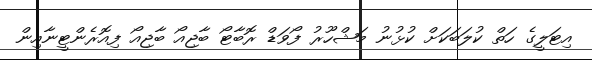
އިޓަލީގެ ހަތް ކުލަބަކަށް ކުޅުނު މަޝްހޫރު ފޯވަޑް ރޮބާޓޯ ބާޖިއޯ ބާޖިއޯ ފިއޮރެންޓީނާއިން